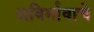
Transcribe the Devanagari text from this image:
अविर्भावाचे